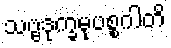
သဗ္ဗဒုက္ခမုပစ္စဂါတိ